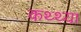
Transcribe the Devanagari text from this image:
कथ्थ्या